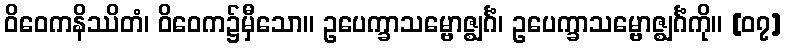
ဝိဝေကနိဿိတံ၊ ဝိဝေက၌မှီသော။ ဥပေက္ခာသမ္ဗောဇ္ဈင်္ဂံ၊ ဥပေက္ခာသမ္ဗောဇ္ဈင်္ဂံကို။ [၀၇]